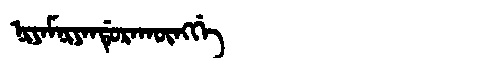
Manchu: ᠨᡳᠶᠠᠮᠨᡳᠶᠠᠨᡩᡠᡵᠠᡴᡡᠩᡤᡝ
Romanization: NIYAMNIYANDURAKŪNGGE